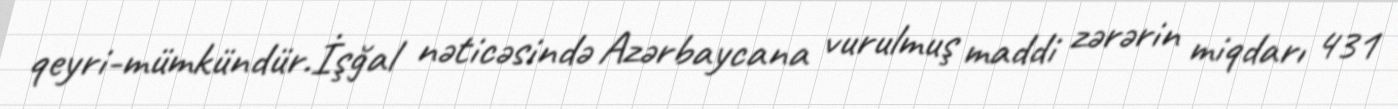
qeyri-mümkündür.İşğal nəticəsində Azərbaycana vurulmuş maddi zərərin miqdarı 431